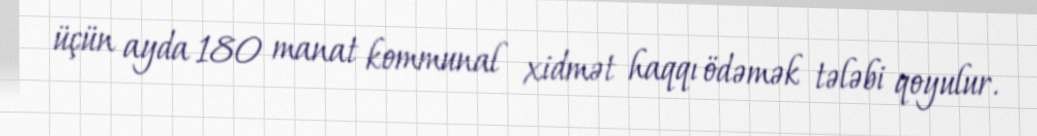
üçün ayda 180 manat kommunal xidmət haqqı ödəmək tələbi qoyulur.